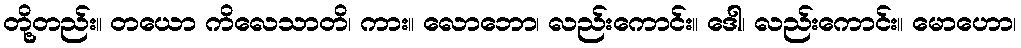
တို့တည်း။ တယော ကိလေသာတိ၊ ကား။ လောဘော၊ လည်းကောင်း။ ဒေါ၊ လည်းကောင်း။ မောဟော၊